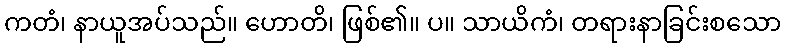
ကတံ၊ နာယူအပ်သည်။ ဟောတိ၊ ဖြစ်၏။ ပ။ သာယိကံ၊ တရားနာခြင်းစသော